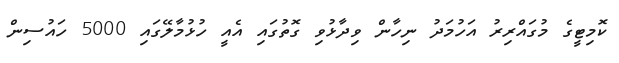
ކޮމިޓީގެ މުގައްރިރު އަހުމަދު ނިހާން ވިދާޅުވި ގޮތުގައި އެއީ ހުޅުމާލޭގައި 5000 ހައުސިން